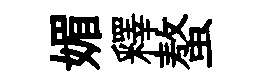
媚釋螯